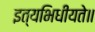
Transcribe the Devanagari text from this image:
इत्यभिधीयते॥